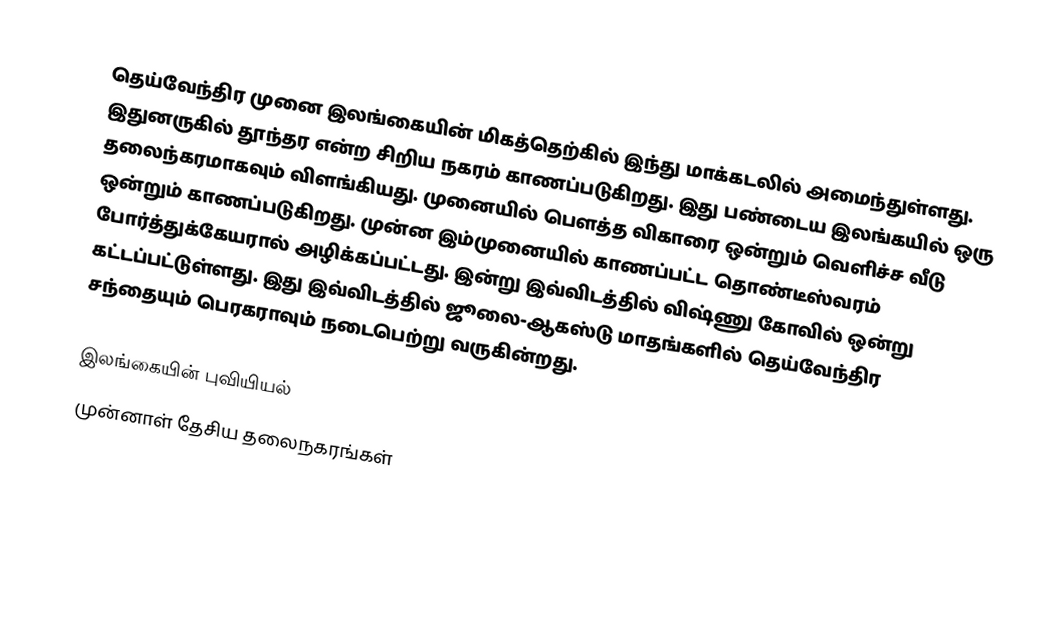
தெய்வேந்திர முனை இலங்கையின் மிகத்தெற்கில் இந்து மாக்கடலில் அமைந்துள்ளது. இதுனருகில் தூந்தர என்ற சிறிய நகரம் காணப்படுகிறது. இது பண்டைய இலங்கயில் ஒரு தலைந்கரமாகவும் விளங்கியது. முனையில் பௌத்த விகாரை ஒன்றும் வெளிச்ச வீடு ஒன்றும் காணப்படுகிறது. முன்ன இம்முனையில் காணப்பட்ட தொண்டீஸ்வரம் போர்த்துக்கேயரால் அழிக்கப்பட்டது. இன்று இவ்விடத்தில் விஷ்ணு கோவில் ஒன்று கட்டப்பட்டுள்ளது. இது இவ்விடத்தில் ஜூலை-ஆகஸ்டு மாதங்களில் தெய்வேந்திர சந்தையும் பெரகராவும் நடைபெற்று வருகின்றது.

இலங்கையின் புவியியல்
முன்னாள் தேசிய தலைநகரங்கள்